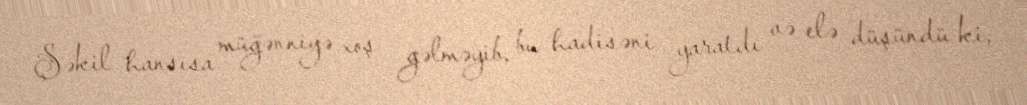
Şəkil hansısa müğənniyə xoş gəlməyib, bu hadisəni yaratdı və elə düşündü ki,